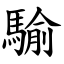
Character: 騟